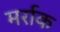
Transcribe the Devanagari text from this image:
मर्राक